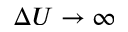
\Delta U \to \infty